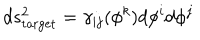
d s _ { \mathrm { t a r g e t } } ^ { 2 } = \gamma _ { i j } ( \phi ^ { k } ) d \phi ^ { i } d \phi ^ { j }